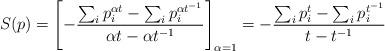
LaTeX: \begin{align*}S(p)=\left[-\frac{\sum_{i}p^{\alpha t}_{i}-\sum_{i}p^{\alpha t^{-1}}_{i}}{\alpha t-\alpha t^{-1}}\right]_{\alpha=1}=-\frac{\sum_{i}p^{t}_{i}-\sum_{i}p^{t^{-1}}_{i}}{t- t^{-1}}\end{align*}